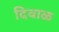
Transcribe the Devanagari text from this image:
दिवाळ